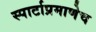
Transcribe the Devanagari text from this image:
स्पार्टाप्रमाणेच